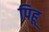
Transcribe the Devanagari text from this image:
पिहू